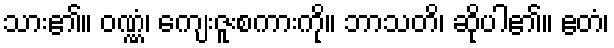
သား၏။ ဝဏ္ဏံ၊ ကျေးဇူးစကားကို။ ဘာသတိ၊ ဆိုပါ၏။ ဧတံ၊